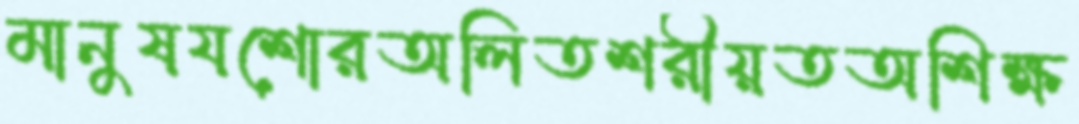
মানুষযশোরঅলিতশরীয়তঅশিক্ষ